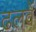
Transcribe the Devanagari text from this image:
ढलवें